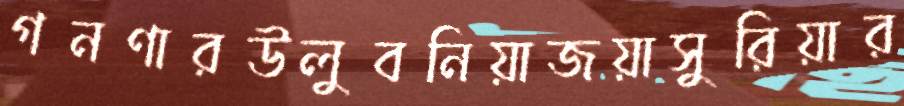
গনণারউলুবনিয়াজয়াসুরিয়ার